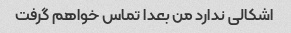
اشکالی ندارد من بعدا تماس خواهم گرفت